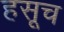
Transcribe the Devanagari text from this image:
हसूच